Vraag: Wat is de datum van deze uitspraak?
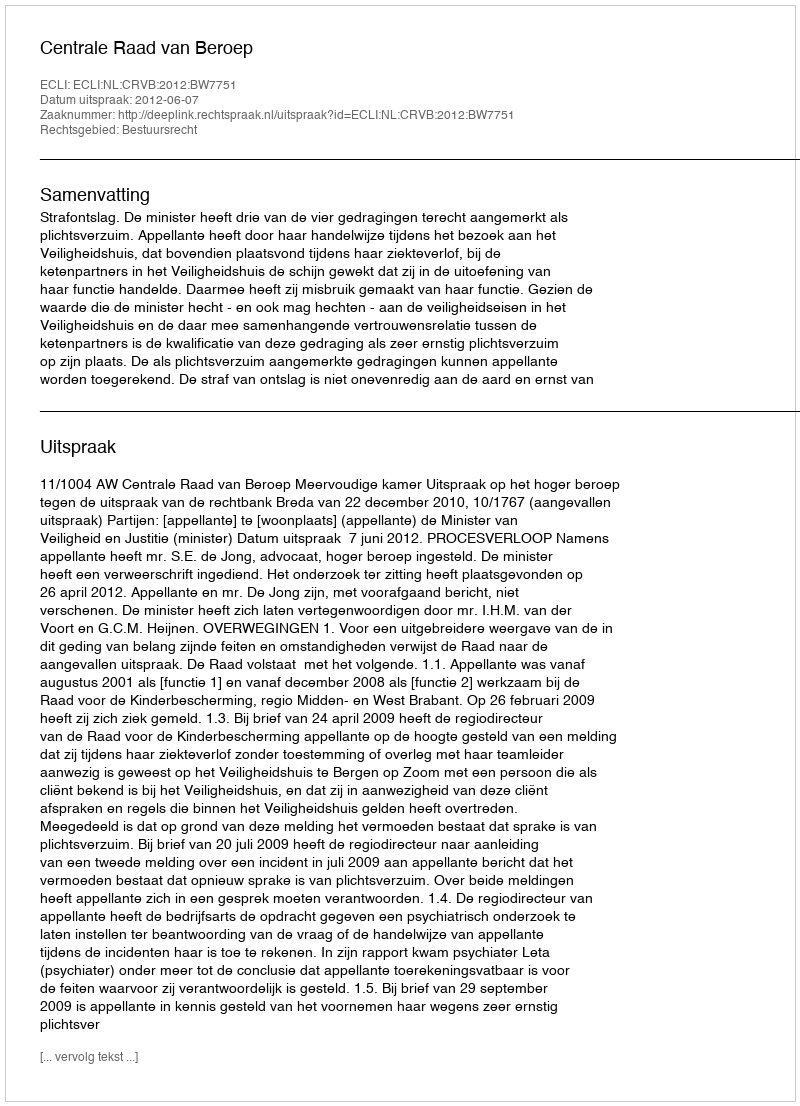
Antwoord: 2012-06-07